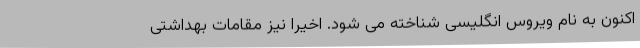
اکنون به نام ویروس انگلیسی شناخته می شود. اخیراً نیز مقامات بهداشتی